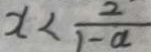
x < \frac { 2 } { 1 - a }